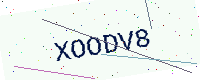
Text: XOODV8